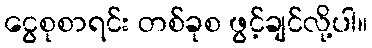
ငွေစုစာရင်း တစ်ခုစ ဖွင့်ချင်လို့ပါ။